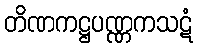
တိဏကဋ္ဌပဏ္ဏကသဋံ